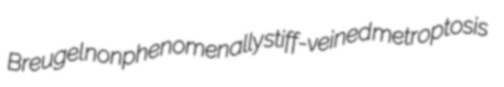
Breugel nonphenomenally stiff-veined metroptosis